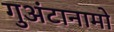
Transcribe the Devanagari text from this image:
गुअंटानामो